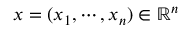
x = ( x _ { 1 } , \cdots , x _ { n } ) \in \mathbb { R } ^ { n }